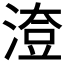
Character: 𣺔